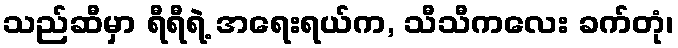
သည်ဆီမှာ ရီရီရဲ့ အရေးရယ်က, သီသီကလေး ခက်တုံ၊